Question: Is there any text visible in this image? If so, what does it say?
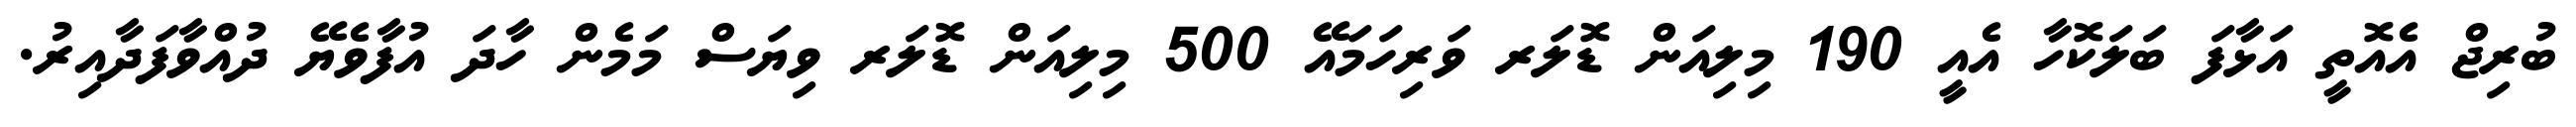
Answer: ބުރިޖް އެއޮތީ އަޅާފަ ބަލަކޮހާ އެއީ 190 މިލިއަން ޑޮލަރ ވަރިހަމައޭ 500 މިލިއަން ޑޮލަރ ވިޔަސް މަމެން ހާދަ އުފާވެޔޭ ދުއްވާފަދާއިރު.